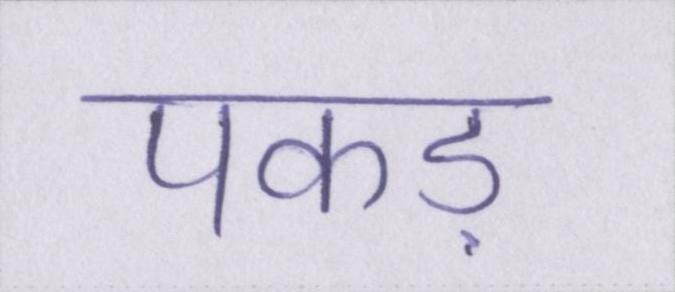
पकड़